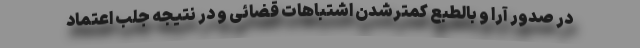
در صدور آرا و بالطبع کمترشدن اشتباهات قضائی و در نتیجه جلب اعتماد